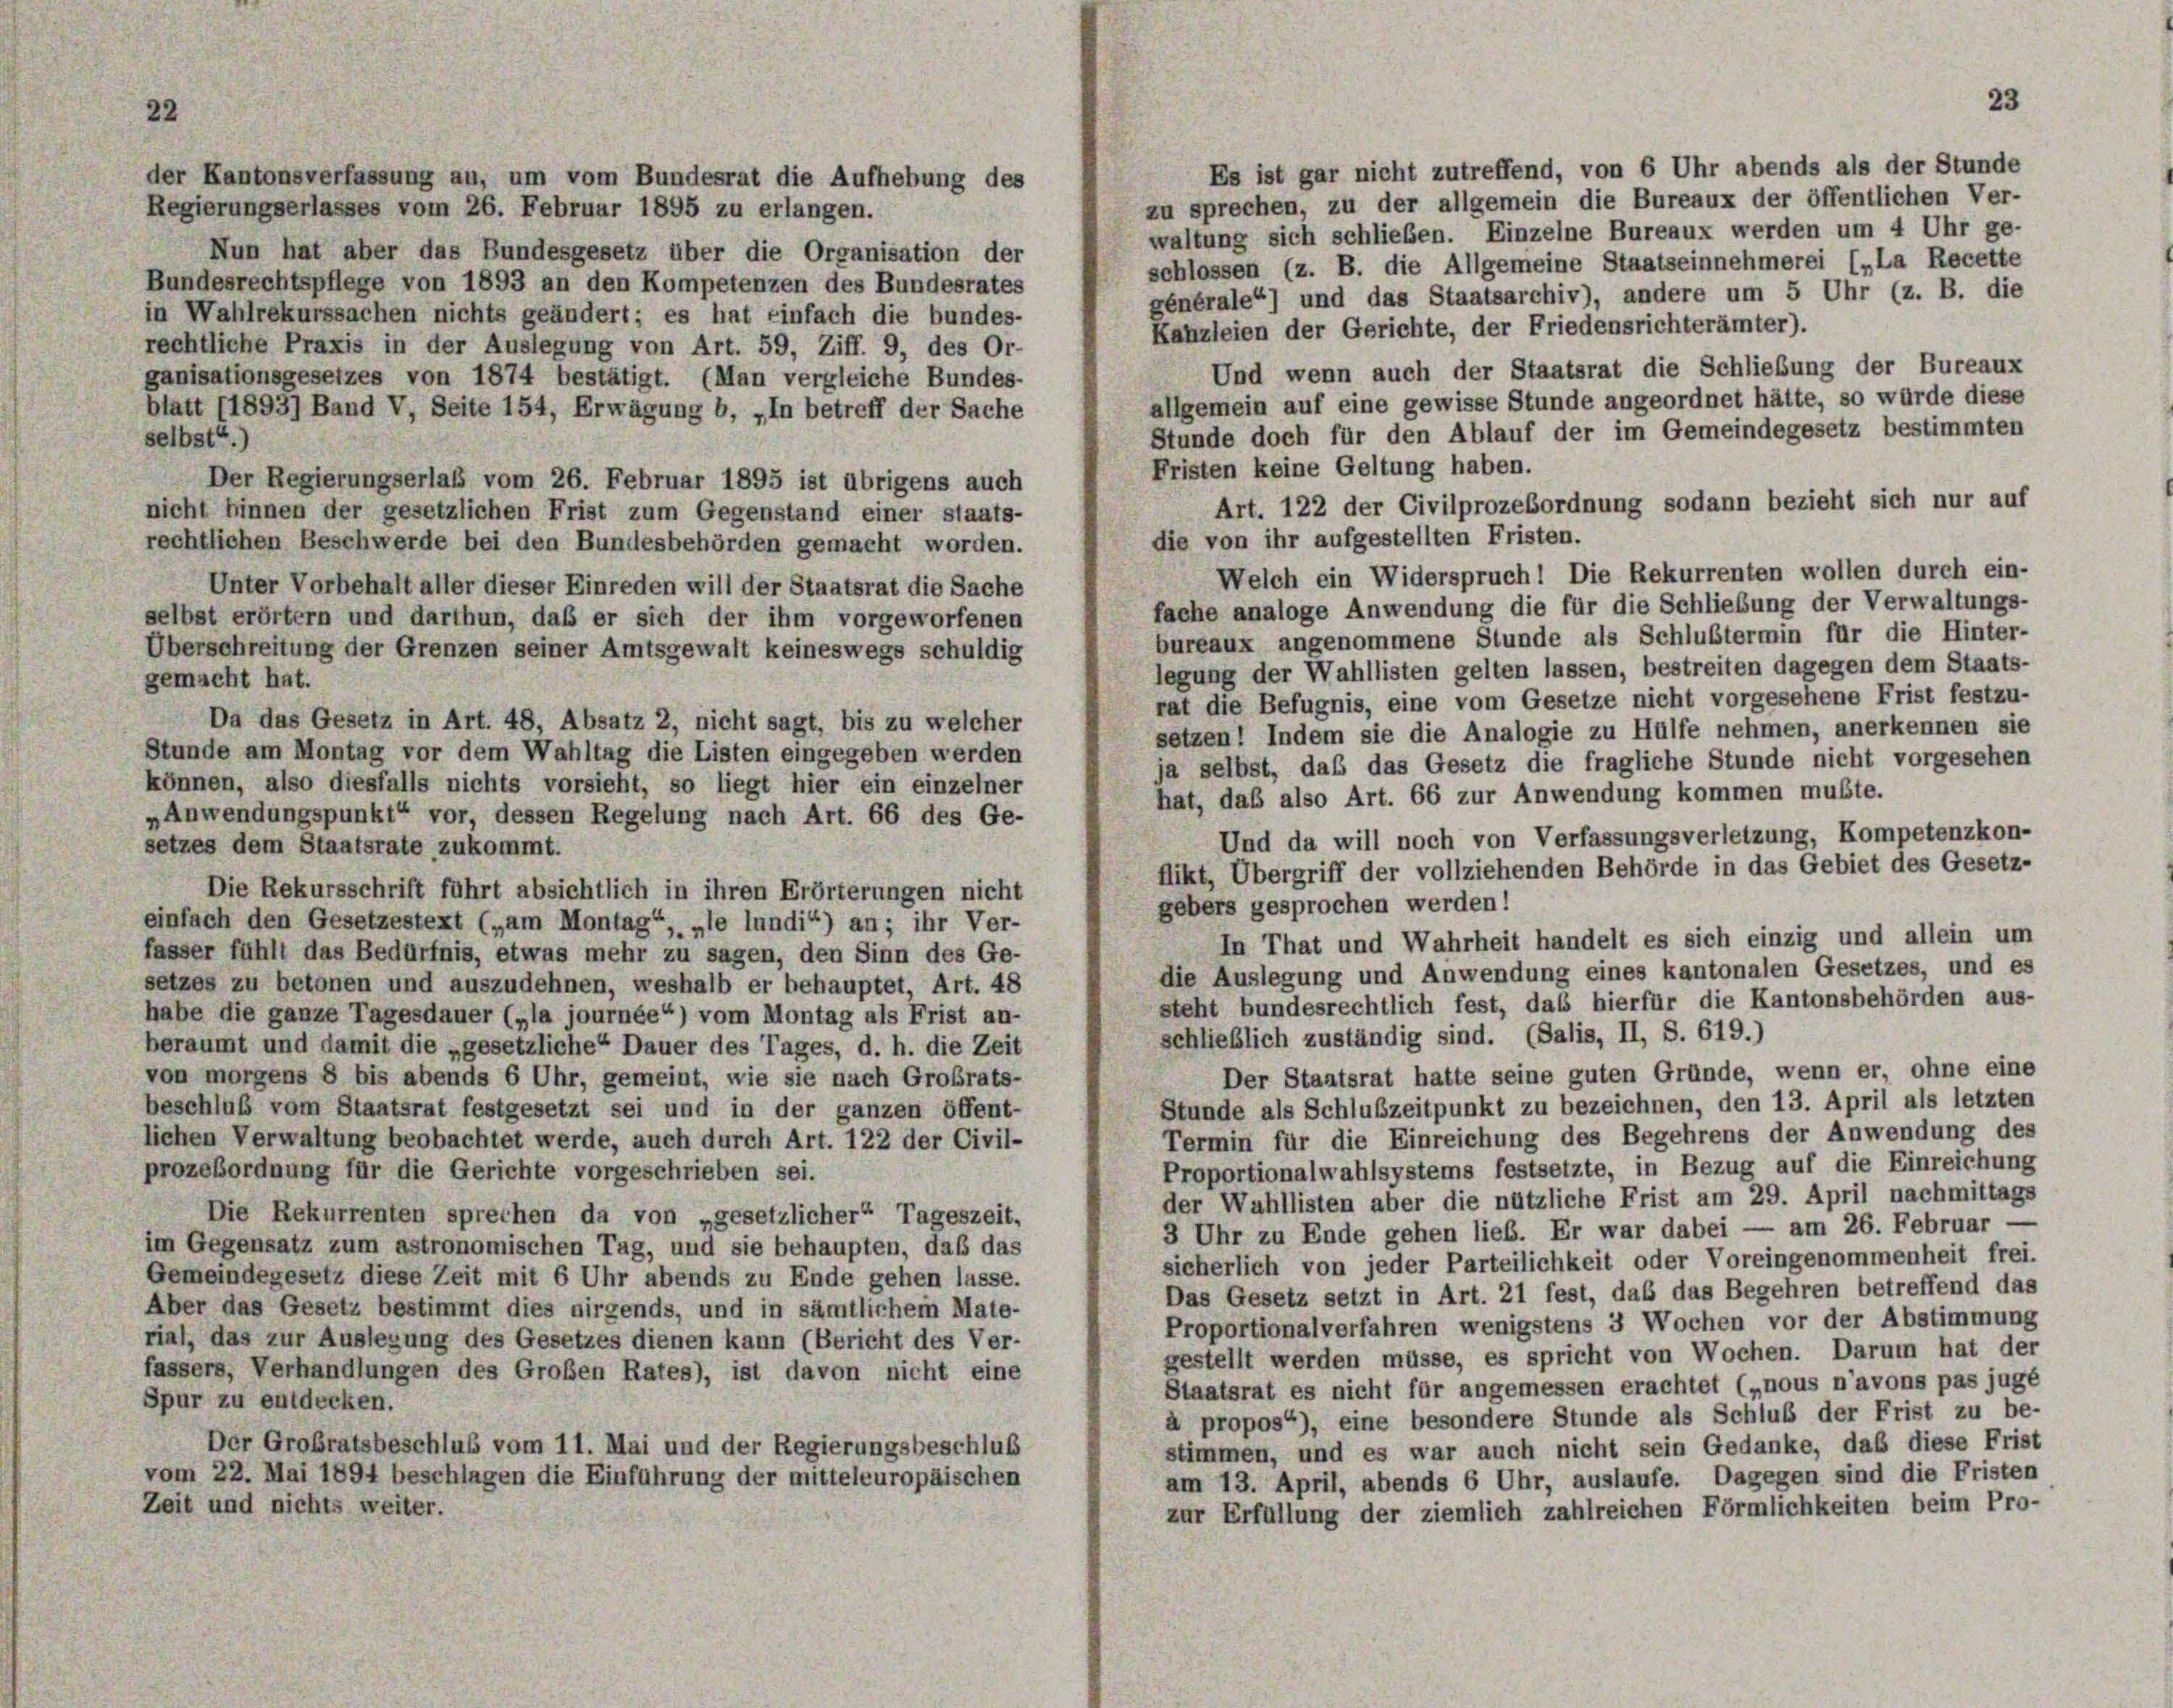
22
der Kantonsverfassung au, um vom Bundesrat die Aufhebung des
Regierungserlasses vom 26. Februar 1895 zu erlangen.

Es ist gar nicht zutreffend, von 6 Uhr abends als der Stunde
zu sprechen, zu der allgemein die Bureaux der öffentlichen Ver-
waltung sich schließen. Einzelne Bureaux werden um 4 Uhr ge-
Nun hat aber das Bundesgesetz über die Organisation der
schlossen (z. B. die Allgemeine Staatseinnehmerei („La Recette
Bundesrechtspflege von 1893 an den Kompetenzen des Bundesrates
générale“) und das Staatsarchiv), andere um 5 Uhr (z. B. die
in Wahlrekurssachen nichts geändert; es hat einfach die bundes-
Kanzleien der Gerichte, der Friedensrichterämter).
rechtliche Praxis in der Auslegung von Art. 59, Ziff. 9, des Or-
Und wenn auch der Staatsrat die Schließung der Bureaux
ganisationsgesetzes von 1874 bestätigt. (Man vergleiche Bundes-
allgemein auf eine gewisse Stunde angeordnet hätte, so würde diese
blatt (1893) Band V, Seite 154, Erwägung b, „In betreff der Sache
Stunde doch für den Ablauf der im Gemeindegesetz bestimmten
selbst“.
Fristen keine Geltung haben.
Der Regierungserlaß vom 26. Februar 1895 ist übrigens auch
Art. 122 der Civilprozeßordnung sodann bezieht sich nur auf
nicht binnen der gesetzlichen Frist zum Gegenstand einer staats-
die von ihr aufgestellten Fristen.
rechtlichen Beschwerde bei den Bundesbehörden gemacht worden.
Welch ein Widerspruch! Die Rekurrenten wollen durch ein-
Unter Vorbehalt aller dieser Einreden will der Staatsrat die Sache
fache analoge Anwendung die für die Schließung der Verwaltungs-
selbst erörtern und darthun, daß er sich der ihm vorgeworfenen
bureaux angenommene Stunde als Schlustermin für die Hinter-
Überschreitung der Grenzen seiner Amtsgewalt keineswegs schuldig
legung der Wahllisten gelten lassen, bestreiten dagegen dem Staats-
gemacht hat.
rat die Befugnis, eine vom Gesetze nicht vorgesehene Frist festzu-
Da das Gesetz in Art. 48, Absatz 2, nicht sagt, bis zu welcher
setzen! Indem sie die Analogie zu Hülfe nehmen, anerkennen sie
Stunde am Montag vor dem Wahltag die Listen eingegeben werden
ja selbst, daß das Gesetz die fragliche Stunde nicht vorgesehen
können, also diesfalls nichts vorsieht, so liegt hier ein einzelner
hat, daß also Art. 66 zur Anwendung kommen mußte.
„Anwendungspunkt“ vor, dessen Regelung nach Art. 66 des Ge-
Und da will noch von Verfassungsverletzung, Kompetenzkon-
setzes dem Staatsrate zukommt.
flikt, Übergriff der vollziehenden Behörde in das Gebiet des Gesetz-
Die Rekursschrift führt absichtlich in ihren Erörterungen nicht
gebers gesprochen werden!
einfach den Gesetzestext („am Montag
»le lundi“) an; ihr Ver-
In That und Wahrheit handelt es sich einzig und allein um
fasser fühlt das Bedürfnis, etwas mehr zu sagen, den Sinn des Ge-
die Auslegung und Anwendung eines kantonalen Gesetzes, und es
setzes zu betonen und auszudehnen, weshalb er behauptet, Art. 48
steht bundesrechtlich fest, das hierfür die Kantonsbehörden aus-
habe die ganze Tagesdauer („la journée“) vom Montag als Frist an-
schließlich zuständig sind. (Salis, II, S. 619.)
beraumt und damit die „gesetzliche Dauer des Tages, d. h. die Zeit
Der Staatsrat hatte seine guten Gründe, wenn er, ohne eine
von morgens 8 bis abends 6 Uhr, gemeint, wie sie nach Großrats-
Stunde als Schluszeitpunkt zu bezeichnen, den 13. April als letzten
beschluß vom Staatsrat festgesetzt sei und in der ganzen öffent-
Termin für die Einreichung des Begehrens der Anwendung des
lichen Verwaltung beobachtet werde, auch durch Art. 122 der Civil-
Proportionalwahlsystems festsetzte, in Bezug auf die Einreichung
prozeßordnung für die Gerichte vorgeschrieben sei.
der Wahllisten aber die nützliche Frist am 29. April nachmittags
Die Rekurrenten sprechen da von „gesetzlicher“ Tageszeit,
3 Uhr zu Ende gehen lieb. Er war dabei — am 26. Februar —
im Gegensatz zum astronomischen Tag, und sie behaupten, daß das
sicherlich von jeder Parteilichkeit oder Voreingenommenheit frei.
Gemeindegesetz diese Zeit mit 6 Uhr abends zu Ende gehen lasse.
Das Gesetz setzt in Art. 21 fest, daß das Begehren betreffend das
Aber das Gesetz bestimmt dies nirgends, und in sämtlichem Mate-
Proportionalverfahren wenigstens 3 Wochen vor der Abstimmung
rial, das zur Auslegung des Gesetzes dienen kann (Bericht des Ver-
gestellt werden müsse, es spricht von Wochen. Darum hat der
fassers, Verhandlungen des Großen Rates), ist davon nicht eine
Staatsrat es nicht für angemessen erachtet („nous n’avons pas jugé
Spur zu entdecken.
à propos“), eine besondere Stunde als Schluß der Frist zu be-
Der Großratsbeschluß vom 11. Mai und der Regierungsbeschluß
stimmen, und es war auch nicht sein Gedanke, daß diese Frist
vom 22. Mai 1894 beschlagen die Einführung der mitteleuropäischen
am 13. April, abends 6 Uhr, auslaufe. Dagegen sind die Fristen
Zeit und nichts weiter.
zur Erfüllung der ziemlich zahlreichen Förmlichkeiten beim Pro-